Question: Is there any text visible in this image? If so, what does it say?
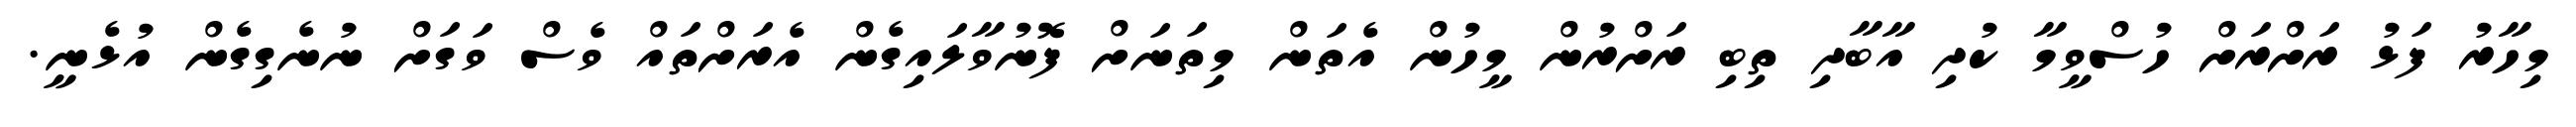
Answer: މިހާރު ފަޅު ރަށްރަށް ހުސްވީމާ ކުދި އާބާދި ތިބި ރަށްރުން މީހުން އެތަން މިތަނަށް ފޮނުވާލައިގެން އެރަށްތައް ވެސް ވަގަށް ނުނެގިގެން އުޅެނީ.